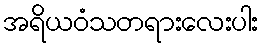
အရိယဝံသတရားလေးပါး